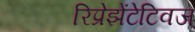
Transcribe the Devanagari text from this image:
रिप्रेझेंटेटिवज्